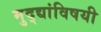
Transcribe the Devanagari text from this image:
मुद्द्यांविषयी